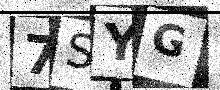
Text: 7SYG